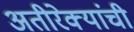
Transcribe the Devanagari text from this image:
अतीरेक्यांची